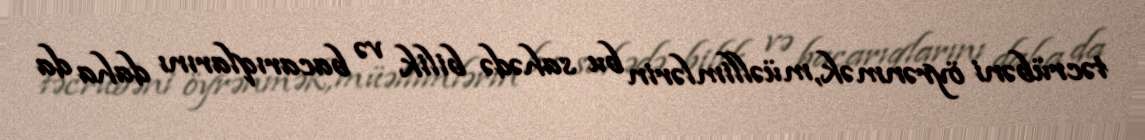
təcrübəni öyrənmək, müəllimlərin bu sahədə bilik və bacarıqlarını daha da